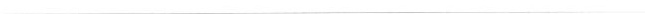
___